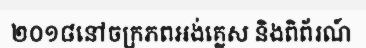
២០១៨នៅចក្រភពអង់គ្លេស និងពិព័រណ៍